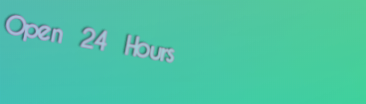
Open 24 Hours